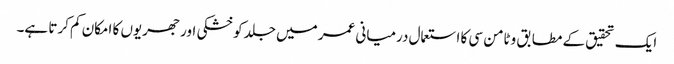
ایک تحقیق کے مطابق وٹامن سی کا استعمال درمیانی عمر میں جلد کو خشکی اور جھریوں کا امکان کم کرتا ہے۔